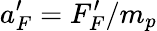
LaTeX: a_{F}^{\prime}=F_{F}^{\prime}/m_{p}